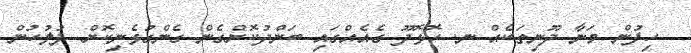
ހިފުން މަނާ ދޫނިތަކެއް ނ. ހޮޅޮދޫ ގެއެއްގައި ބަންދުކޮށްގެން ގެންގުޅެނިކޮށް ފުލުހުން